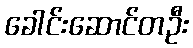
ခေါင်းဆောင်တဦး